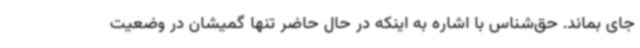
جای بماند. حق‌شناس با اشاره به اینکه در حال حاضر تنها گمیشان در وضعیت